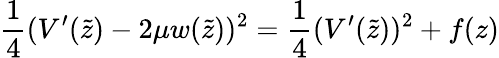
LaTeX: \frac 14(V^{\prime}(\tilde{z})-2\mu w(\tilde{z}))^{2}=\frac 14(V^{\prime}(\tilde{z}))^{2}+f(z)